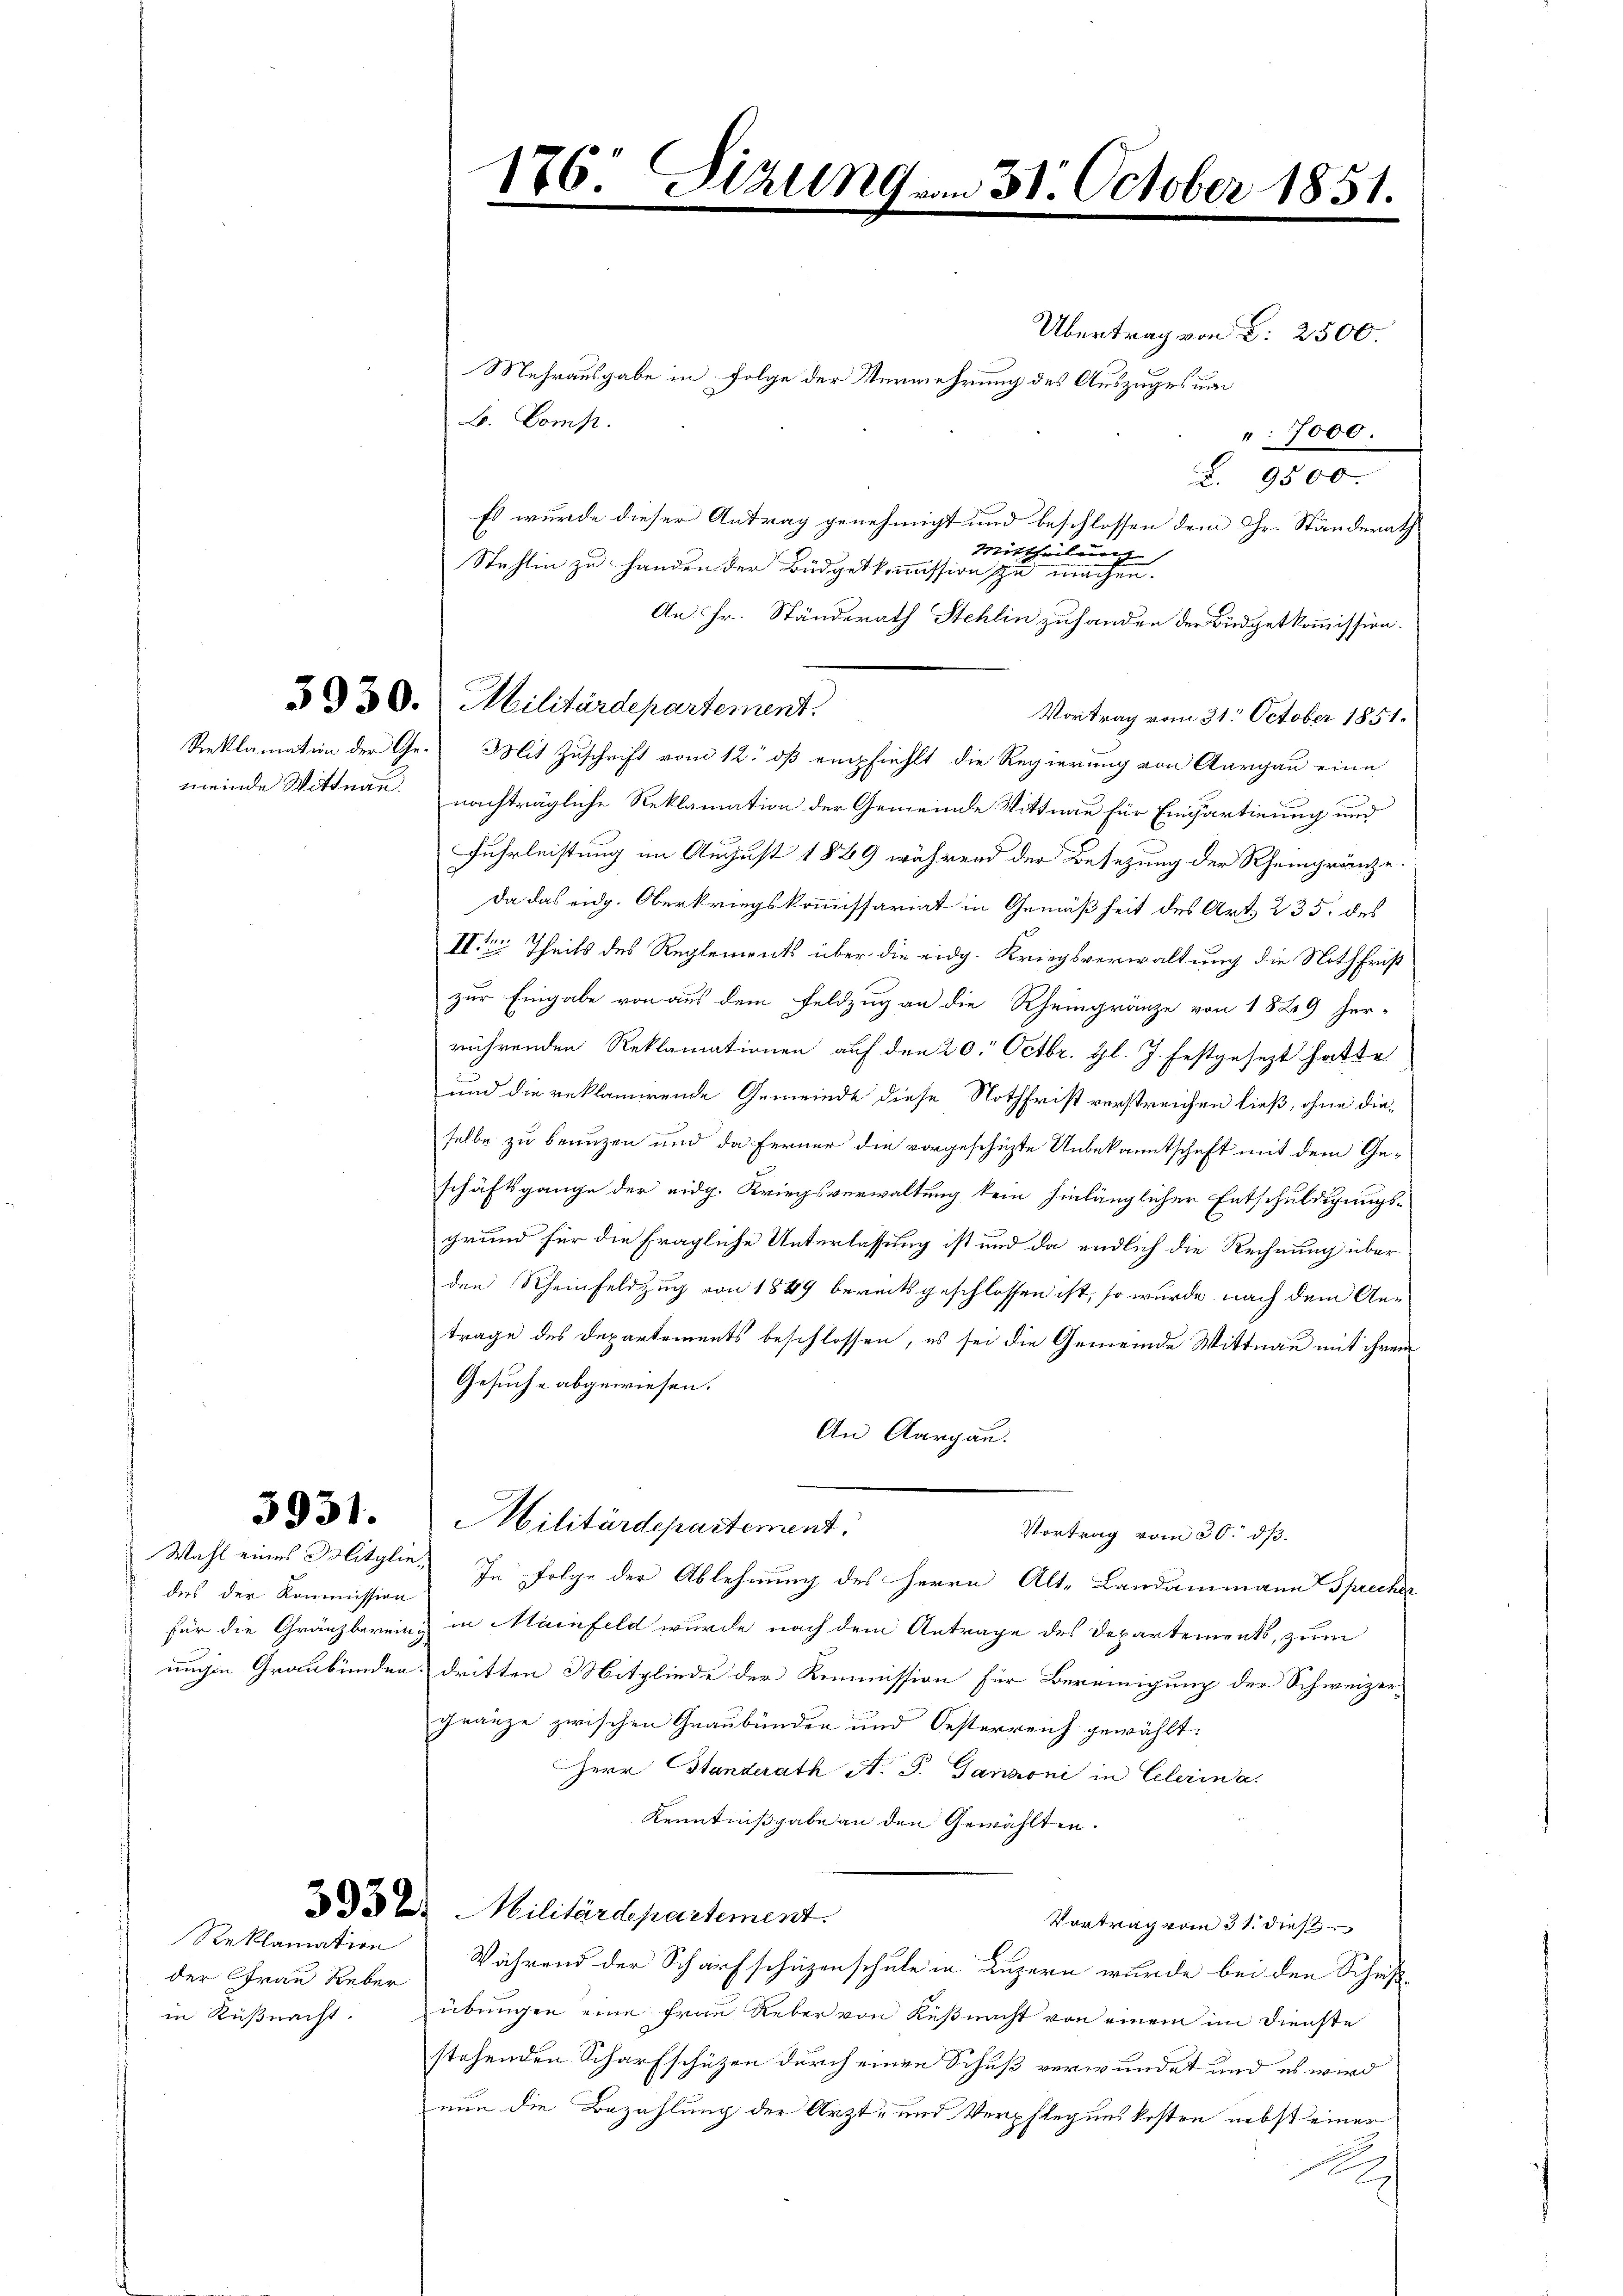
5931.

des der Kommission

Übertrag von d: 2500.
Mehrausgabe in Folge der Vermehrung des Auszuges um
B. Comp.
: 7000.
L. 9500.
Es wurde dieser Antrag genehmigt und beschlossen dem Gr. Ständerath
Mittheilung
Stehlin zu Handen der Büdgetkommission zu machen.
An Hr. Ständerath Stehlin zuhanden der Büdgetkommission.
Vortrag vom 31. October 1851.
Reklamation der Ge- Mit Zuschrift vom 12. dß empfiehlt die Regierung von Aargau eine
meinde Wittwan nachträgliche Reklamation der Gemeinde Wittnau für Einpartirung und
Fuhrleistung im August 1849 während der Besezung der Rheingränze.
Da das eidg. Oberkriegskommissariat in Gemäßheit des Art. 235. des
IIter Theils des Reglements über die eidg. Kriegsverwaltung die Nothfrist
zur Eingabe von aus dem Feldzug an die Rheingränze von 1829 her-
rührenden Reklamationen auf den 20. Octbr. gl. J. festgesezt hatte
und die reklamirende Gemeinde diese Nothfrist verstreichen ließ, ohne dieselbe zu benuzen und da Ferner die vorgeschüzte Unbekanntschaft mit dem Geschäftsgange der eidg. Kriegsverwaltung kein hinlänglicher Entschuldigungsgrund für die fragliche Unterlassung ist und da endlich die Rechnung über
den Rheinfeldzug von 1849 bereitsgeschlossen ist, so wurde nach dem Antrage des Departements beschlossen, es sei die Gemeinde Wittnau mit ihrem
Gesuche abgewiesen.
An Aargau.
Militärdepartement.
Vortrag vom 30. dβ.
Wahl eines Mitglie. In Folge der Ablehnung des Herrn Alt-Landammann Sprecher
für die Gränzberein & in Mainfeld wurde nach dem Antrage des Departements, zum
nnchen Graubünden dritten Mitgliede der Kommission für Bereinigung der Schweizergränze zwischen Graubünden und Oesterreich gewählt:
Herr Standerath A. S. Ganzoni in Celerina.
Kenntnißgabe an den Gewählten.
3 B. Militärdepartement.
Vortrag vom 31. dies
Während der Scharfschüzenschule in Luzern wurde bei den Schrift
in Küßnacht. übungen eine Frau Reber von Küßnacht von einem im Dienste
stehenden Scharfschützen durch einen Schuß verwundet und es wird
nun die Bezahlung der Arzt- und Verpflegenskosten nebst einer
A

Reklamation
der Frau Reber

176. Sizung am 31. October 1851.

3830. Militärdepartement.